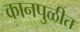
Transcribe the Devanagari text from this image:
कानपुळीत